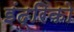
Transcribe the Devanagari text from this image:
इंद्रिको